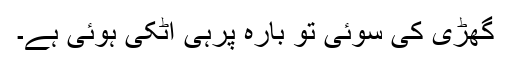
گھڑی کی سوئی تو بارہ پرہی اٹکی ہوئی ہے۔